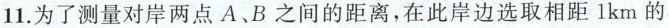
11.为了测量对岸两点A、B之间的距离，在此岸边选取相距1km的